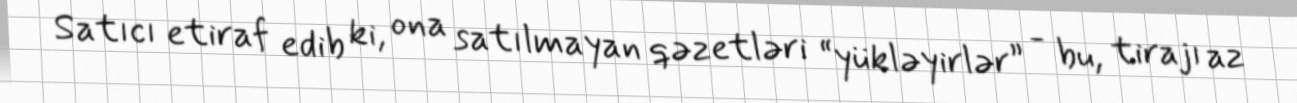
Satıcı etiraf edib ki, ona satılmayan qəzetləri “yükləyirlər” - bu, tirajı az